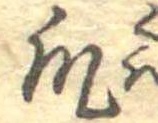
瓜